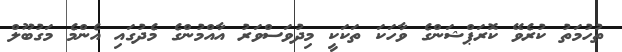
ތުހުމަތު ކުރެވޭ ކޮރަޕްޝަންގެ ވާހަކަ ތަކަކީ މިދުވަސްވަރު އާއްމުންގެ މެދުގައި އެންމެ މަގުބޫލް